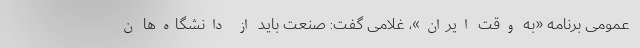
عمومی برنامه «به وقت ایران»، غلامی گفت: صنعت باید از دانشگاه‌ها ن